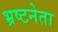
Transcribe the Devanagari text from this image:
भ्रष्टनेता